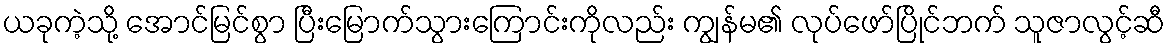
ယခုကဲ့သို့ အောင်မြင်စွာ ပြီးမြောက်သွားကြောင်းကိုလည်း ကျွန်မ၏ လုပ်ဖော်ပြိုင်ဘက် သူဇာလွင့်ဆီ